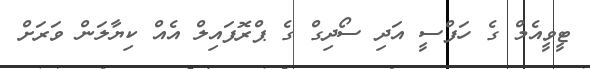
ޓީވީއެމް ގެ ހަފްސީ އަދި ސޯދިގް ގެ ޕްރޮފައިލް އެއް ކިޔާލަން ވަރަށް